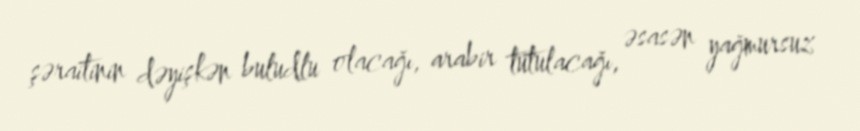
şəraitinin dəyişkən buludlu olacağı, arabir tutulacağı, əsasən yağmursuz